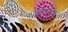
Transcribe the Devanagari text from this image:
शुक्लांच्या